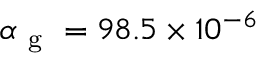
\alpha _ { \mathrm { ~ g ~ } } = 9 8 . 5 \times 1 0 ^ { - 6 }